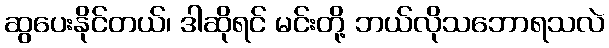
ဆွပေးနိုင်တယ်၊ ဒါဆိုရင် မင်းတို့ ဘယ်လိုသဘောရသလဲ